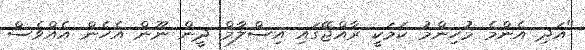
"އަދި އެންމެ މުހިންމު ކަމަކީ ރާއްޖޭގައި އިސްލާމް ދީން ނޫން އެހެން އެއްވެސް